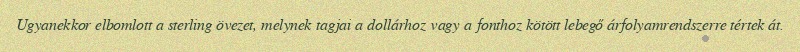
Ugyanekkor elbomlott a sterling övezet, melynek tagjai a dollárhoz vagy a fonthoz kötött lebegő árfolyamrendszerre tértek át.